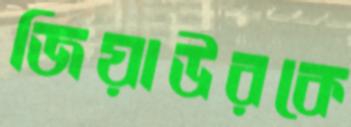
জিয়াউরকে